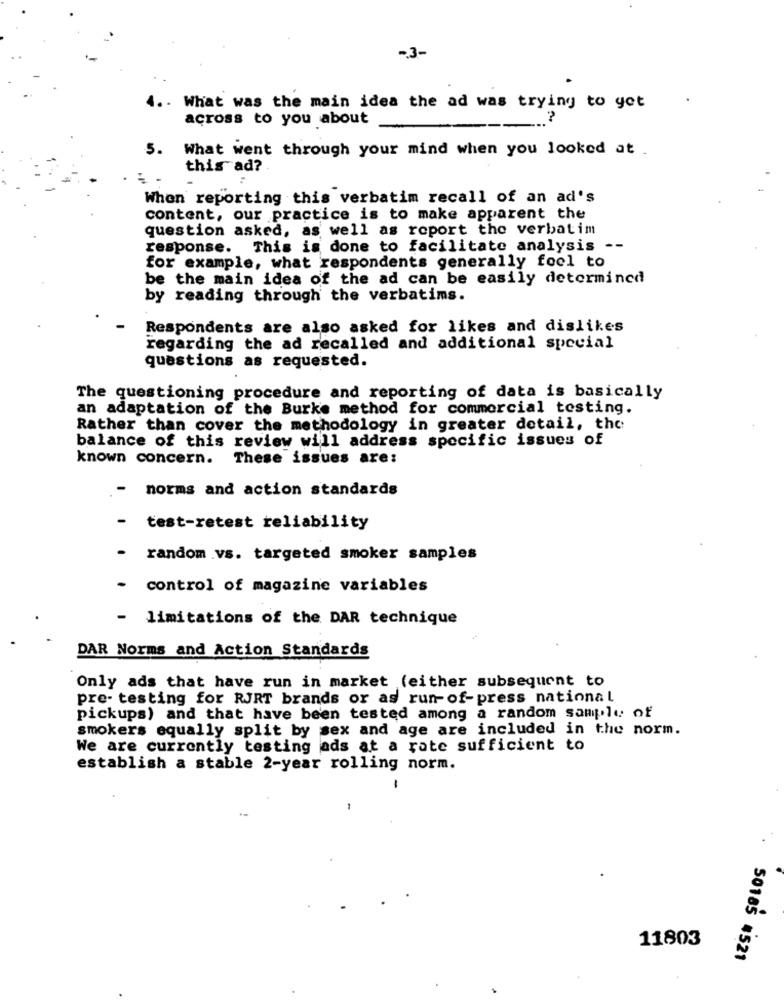
-3-
4 .. What was the main idea the ad was trying to get
across to you about
5. What went through your mind when you looked at
this ad?
When reporting this verbatim recall of an ad's
content, our practice is to make apparent the
question asked, as well as report the verbatim
response. This is done to facilitate analysis --
for example, what respondents generally fool to
be the main idea of the ad can be easily determined
by reading through the verbatims.
Respondents are also asked for likes and dislikes
regarding the ad recalled and additional special
questions as requested.
The questioning procedure and reporting of data is basically
an adaptation of the Burke method for commercial testing.
Rather than cover the methodology in greater detail, the
balance of this review will address specific issues of
known concern.
These issues are:
-
norms and action standards
test-retest reliability
random vs. targeted smoker samples
control of magazine variables
-
limitations of the DAR technique
DAR Norms and Action Standards
Only ads that have run in market (either subsequent to
pre- testing for RJRT brands or as run- of-press national
pickups) and that have been tested among a random sample of
smokers equally split by sex and age are included in the norm.
We are currently testing ads at a rate sufficient to
establish a stable 2-year rolling norm.
11803
50185 #521